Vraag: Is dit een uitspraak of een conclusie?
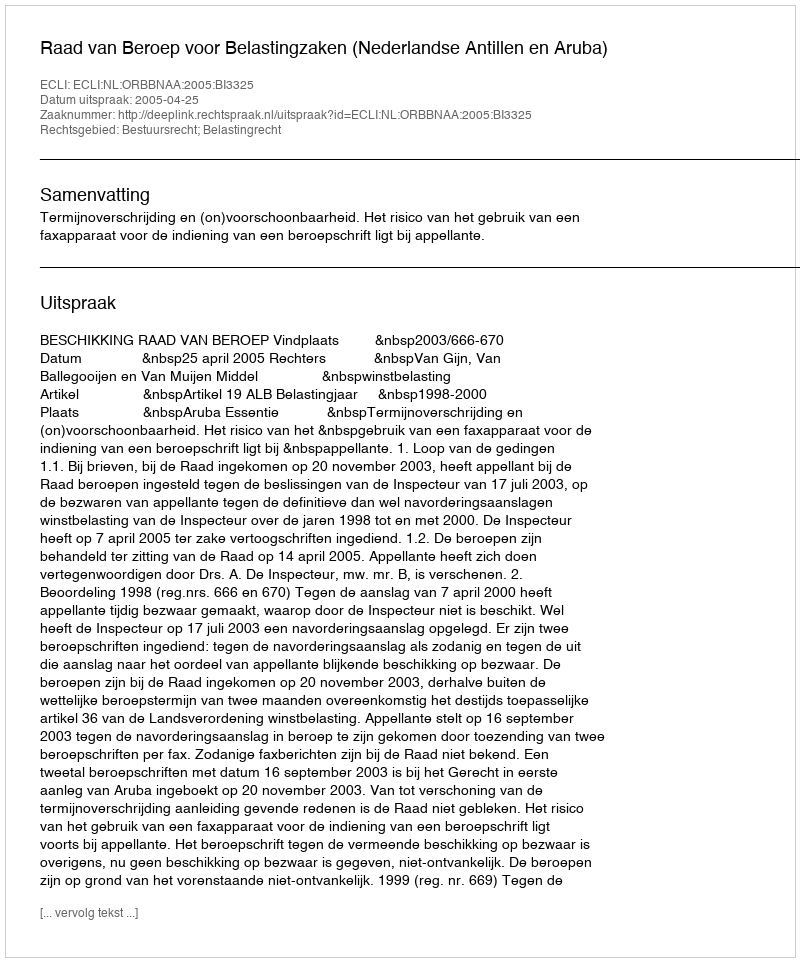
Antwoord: Uitspraak